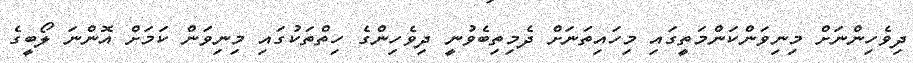
ދިވެހިންނަށް މިނިވަންކަންމަތީގައި މިހައިތަނަށް ދެމިތިބެވުނީ ދިވެހިންގެ ހިތްތަކުގައި މިނިވަން ކަމަށް އޮންނަ ލޯބީގެ